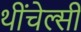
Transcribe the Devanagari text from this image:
थींचेल्सी